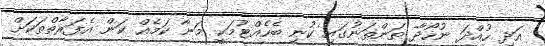
އަދި ހުއްދަ ނުހޯދާ ތަންތަނުގައި ކުނި ބެހެއްޓުމަކީ މަނާ ކަމެއް ކަން އެފަރާތްތަކަށް